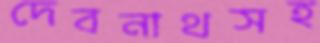
দেবনাথসহ